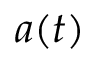
a ( t )